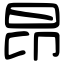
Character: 昂